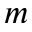
m